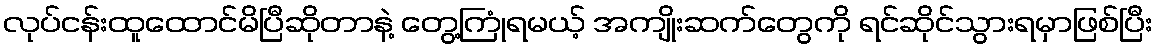
လုပ်ငန်းထူထောင်မိပြီဆိုတာနဲ့ တွေ့ကြုံရမယ့် အကျိုးဆက်တွေကို ရင်ဆိုင်သွားရမှာဖြစ်ပြီး